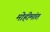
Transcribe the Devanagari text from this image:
मोहीमांत